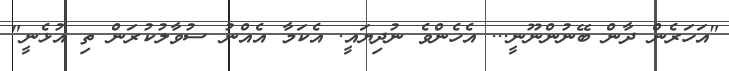
"އަހަރެން ދާން ބޭނުންނޫނީ... އެހެންވެ ނުދިޔައީ. އެކަމާ އެއްނު ސުވާލުކުރަން ތި އުޅެނީ"